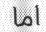
اما